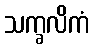
သက္ခလိကံ